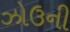
ઝોઉની